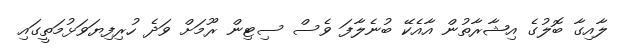
ލާއިގާ ބޮލުގެ އިޝާރާތުން އާއެކޭ ބުނެލާފަ ވެސް ސިޓިން ރޫމަށް ވަދެ ހުރިފިޔަވަޅުމަތީގައި